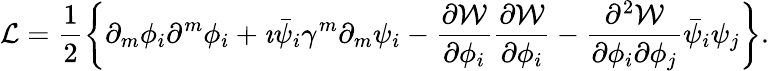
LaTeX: {\cal L}=\frac{1}{2}\left\{ \partial_{m}\phi_{i}\partial^{m}\phi_{i}+\imath\bar{\psi}_{i}\gamma^{m}\partial_{m}\psi_{i}-\frac{\partial{\cal W}}{\partial\phi_{i}}\frac{\partial{\cal W}}{\partial\phi_{i}}-\frac{\partial^{2}{\cal W}}{\partial\phi_{i}\partial\phi_{j}}\bar{\psi}_{i}\psi_{j}\right\} .